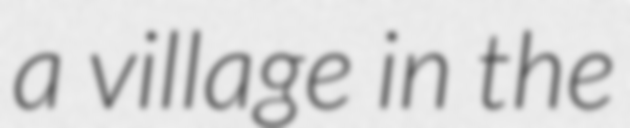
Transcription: a village in the